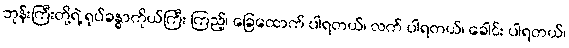
ဘုန်းကြီးတို့ရဲ့ ရုပ်ခန္ဓာကိုယ်ကြီး ကြည့်၊ ခြေထောက် ပါရတယ်၊ လက် ပါရတယ်၊ ခေါင်း ပါရတယ်၊